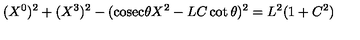
( X ^ { 0 } ) ^ { 2 } + ( X ^ { 3 } ) ^ { 2 } - ( \mathrm { c o s e c } \theta X ^ { 2 } - L C \cot \theta ) ^ { 2 } = L ^ { 2 } ( 1 + C ^ { 2 } )